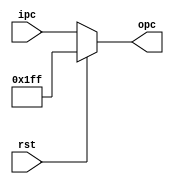
`timescale 1ns / 1ps
//////////////////////////////////////////////////////////////////////////////////
// Company: 
// Engineer: 
// 
// Design Name: 
// Module Name:    sel 
// Project Name: 
// Target Devices: 
// Tool versions: 
// Description: 
//
// Dependencies: 
//
// Revision: 
// Revision 0.01 - File Created
// Additional Comments: 
//
//////////////////////////////////////////////////////////////////////////////////
module sel(rst,ipc,opc);
		input rst;
 		input [8:0] ipc;
  		output [8:0] opc;
		
		assign opc = rst ? 9'b111111111 : ipc;
endmodule